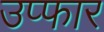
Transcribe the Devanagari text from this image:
उप्फार